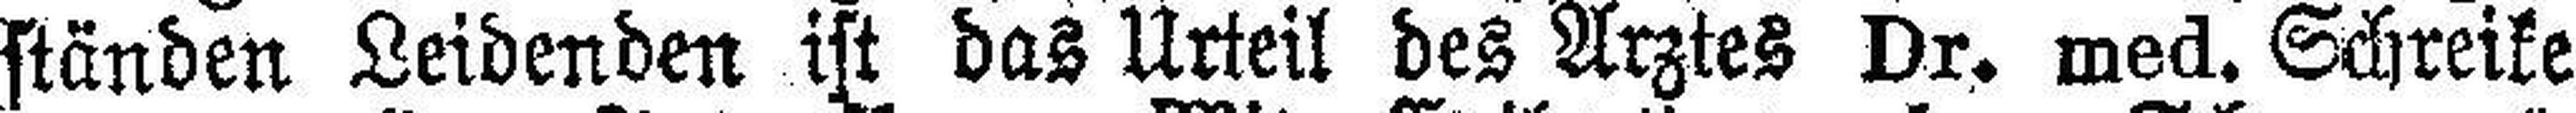
ständen Leidenden ist das Urteil des Arztes Dr. med. Schreike